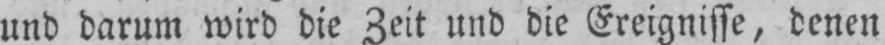
und darum wird die Zeit und die Ereignisse, denen